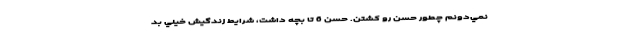
نمي‌دونم چطور حسن رو كشتن. حسن 6 تا بچه داشت، شرايط زندگيش خيلي بد